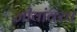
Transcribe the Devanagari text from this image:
जीवांवरच